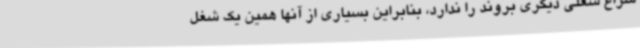
سراغ شغلی دیگری بروند را ندارد، بنابراین بسیاری از آنها همین یک شغل